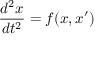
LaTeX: { \frac { d ^ { 2 } x } { d t ^ { 2 } } } = f ( x , x ^ { \prime } )